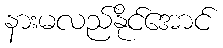
နားမလည်နိုင်အောင်